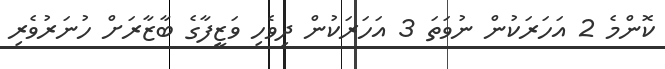
ކޮންމެ 2 އަހަރަކުން ނުވަތަ 3 އަހަރަކުން ދިވެހި ވަޒީފާގެ ބާޒާރަށް ހުނަރުވެރި